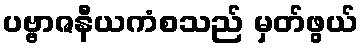
ပဗ္ဗာဇနီယကံစသည် မှတ်ဖွယ်